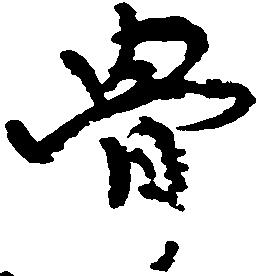
骨